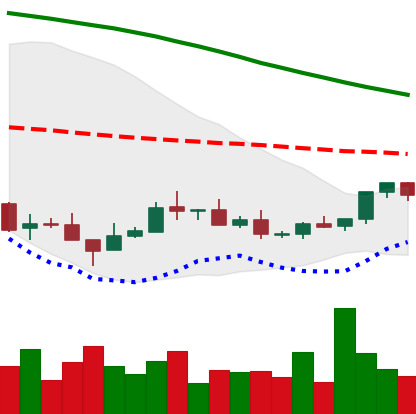
Ticker: XMR-USD
Chart end date: 2018-08-29
Forward return: 30.903%
Label: up_7plus